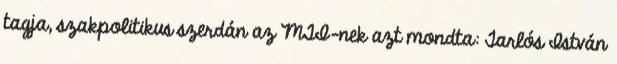
tagja, szakpolitikus szerdán az MTI-nek azt mondta: Tarlós István